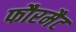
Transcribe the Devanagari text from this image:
फौरमैट